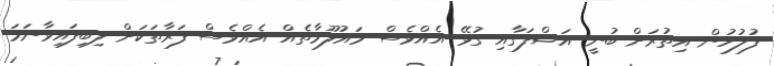
ފުލުހުން އިތުރަށް ބުނީ އަޝްފަގާއި ގުޅޭ އެއްވެސް މައުލޫމާތެއް އެއްވެސް ފަރާތަކަށް ލިބިފައިވާނަމަ